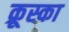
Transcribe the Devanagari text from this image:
क्रूस्का